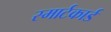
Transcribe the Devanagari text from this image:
स्मार्टकार्ड